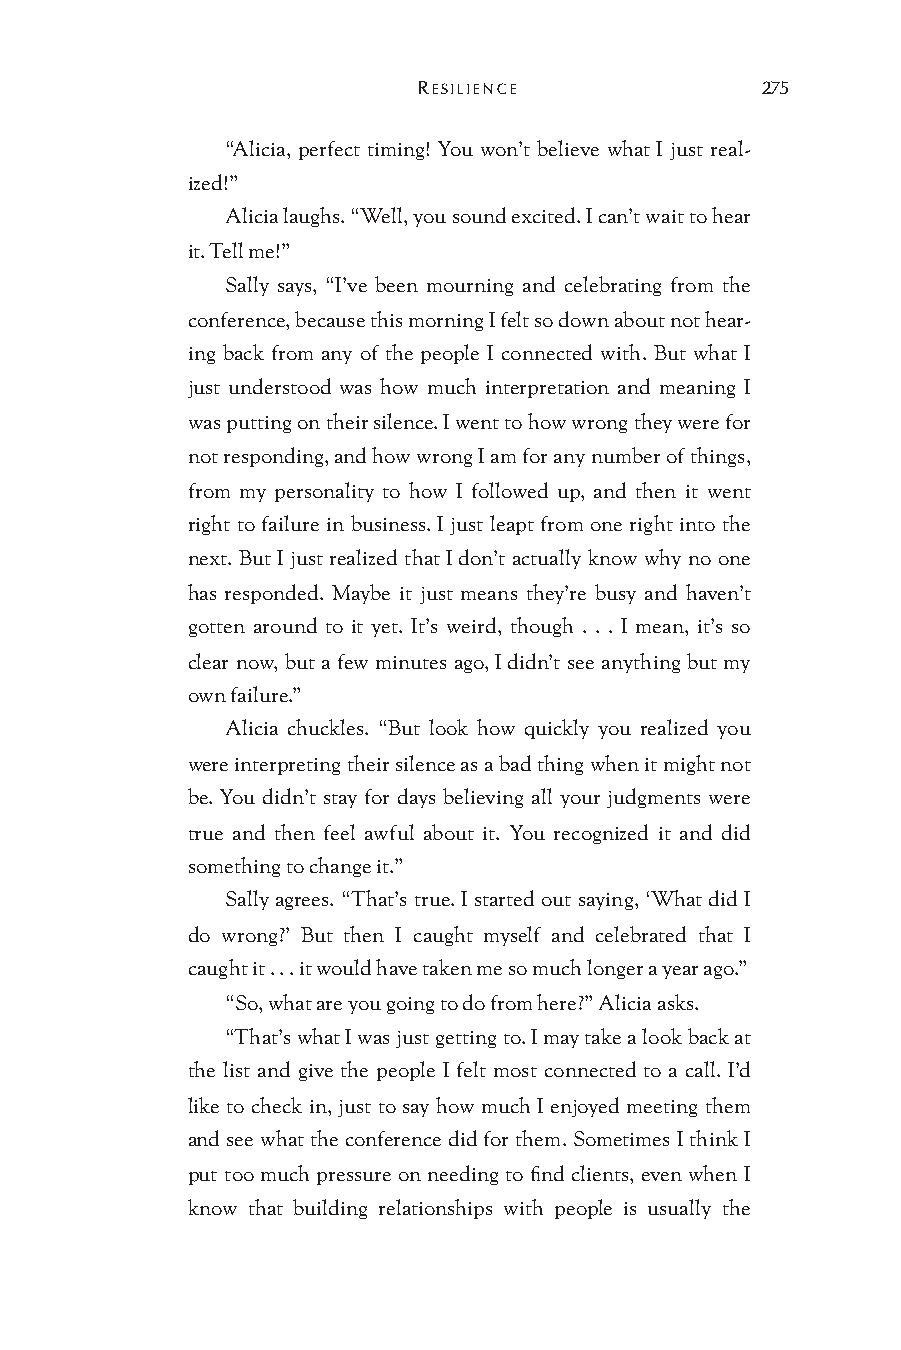
RESILIENCE            275
 “Alicia, perfect timing! You won’t believe what I just real-
 ized!”
 Alicia laughs. “Well, you sound excited. I can’t wait to hear
 it. Tell me!”
 Sally says, “I’ve been mourning and celebrating from the
 conference, because this morning I felt so down about not hear-
 ing back from any of the people I connected with. But what I
 just understood was how much interpretation and meaning I
 was putting on their silence. I went to how wrong they were for
 not responding, and how wrong I am for any number of things,
 from my personality to how I followed up, and then it went
 right to failure in business. I just leapt from one right into the
 next. But I just realized that I don’t actually know why no one
 has responded. Maybe it just means they’re busy and haven’t
 gotten around to it yet. It’s weird, though . . . I mean, it’s so
 clear now, but a few minutes ago, I didn’t see anything but my
 own failure.”
 Alicia chuckles. “But look how quickly you realized you
 were interpreting their silence as a bad thing when it might not
 be. You didn’t stay for days believing all your judgments were
 true and then feel awful about it. You recognized it and did
 something to change it.”
 Sally agrees. “That’s true. I started out saying, ‘What did I
 do wrong?’ But then I caught myself and celebrated that I
 caught it . . . it would have taken me so much longer a year ago.”
 “So, what are you going to do from here?” Alicia asks.
 “That’s what I was just getting to. I may take a look back at
 the list and give the people I felt most connected to a call. I’d
 like to check in, just to say how much I enjoyed meeting them
 and see what the conference did for them. Sometimes I think I
 put too much pressure on needing to find clients, even when I
 know that building relationships with people is usually the